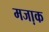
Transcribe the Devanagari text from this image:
मजा़क